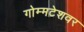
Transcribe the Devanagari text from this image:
गोम्मटेशवर